Vaccination in the Punjab 1919-1929 - 1919-1929
Year: 1919
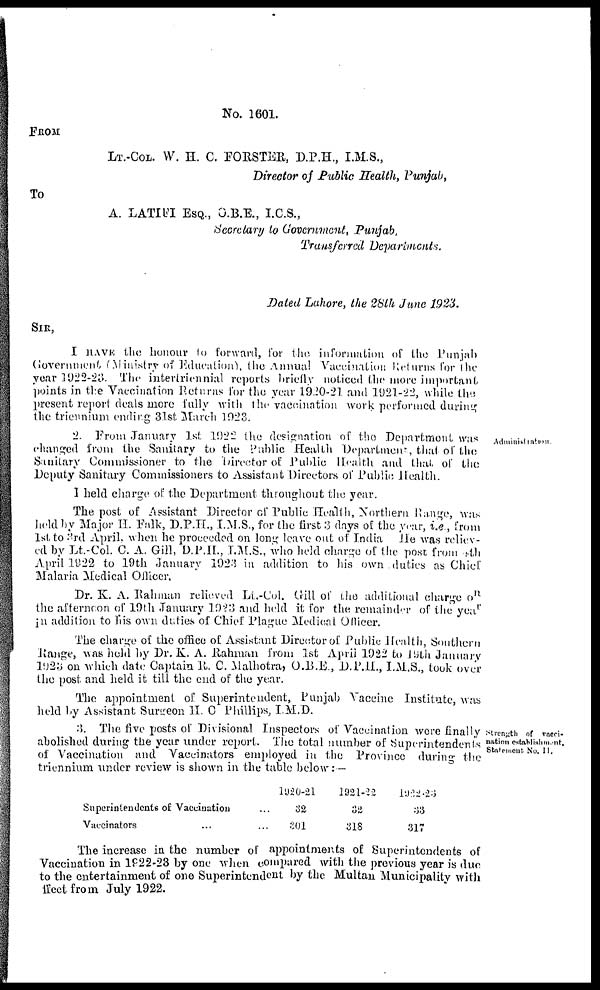
No. 1601.
FROM
LT.-COL. W. H. C. FORSTER, D.P.H., I.M.S.,
Director of Public Health, Punjab,
To
A. LATIFI ESQ., O.B.E., I.C.S.,
Secretary to Government, Punjab,
Transferred Departments.
Dated Lahore, the 28th June 1923.
SIR,
I HAVE the honour to forward, for the information of the Punjab
Government (Ministry of Education), the Annual Vaccination Returns for the
year 1922-23. The intertriennial reports briefly noticed the more important
points in the Vaccination Returns for the year 1920-21 and 1921-22, while the
present report deals more fully with the vaccination work performed during
the triennium ending 31st March 1923.
Administration
2. From January 1st 1922 the designation of the Department was
changed from the Sanitary to the Public Health Department, that of the
Sanitary Commissioner to the Director of Public Health and that of the
Deputy Sanitary Commissioners to Assistant Directors of Public Health.
I held charge of the Department throughout the year.
The post of Assistant Director of Public Health, Northern Range, was
held by Major H. Falk, D.P.H., I.M.S., for the first 3 days of the year, i.e., from
1st to 3rd April, when he proceeded on long leave out of India He was reliev-
ed by Lt.-Col. C. A. Gill, D.P.H., I.M.S., who held charge of the post from 9th
April 1922 to 19th January 1923 in addition to his own duties as Chief
Malaria Medical Officer.
Dr. K. A. Rahman relieved Lt.-Col. Gill of the additional charge on
the afternoon of 19th January 1923 and held it for the remainder of the year
in addition to his own duties of Chief Plague Medical Officer.
The charge of the office of Assistant Director of Public Health, Southern
Range, was held by Dr. K. A. Rahman from 1st April 1922 to 159th January
1923 on which date Captain R. C. Malhotra, O.B.E., D.P.H., I.M.S., took over
the post and held it till the end of the year.
The appointment of Superintendent, Punjab Vaccine Institute, was
held by Assistant Surgeon H. C Phillips, I.M.D.
Strength of vacci-
nation establishment.
Statement No. II.
3. The five posts of Divisional Inspectors of Vaccination were finally
abolished during the year under report. The total number of Superintendents
of Vaccination and Vaccinators employed in the Province during the
triennium under review is shown in the table below: —
Superintendents of Vaccination ...
Vaeeinators ... ...
1920-21
32
301
1921-22
32
318
1922-23
33
317
The increase in the number of appointments of Superintendents of
Vaccination in 1922-23 by one when compared with the previous year is due
to the entertainment of one Superintendent by the Multan Municipality with
effcet from July 1922.